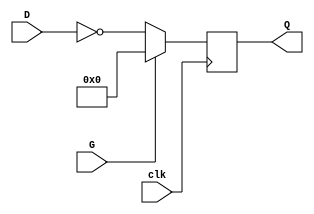

module x74379 (
  input clk,
  input [3:0] D,
  output reg [3:0] Q,
  input G
);

//assign Q = ~G;

//assign Q = ~G ? r : 4'd0;
//reg [3:0] r;

always @(posedge clk)
  Q <= ~G ? ~D : 4'd0;

endmodule